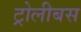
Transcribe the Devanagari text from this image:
ट्रोलीबस